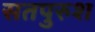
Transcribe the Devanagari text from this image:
सतपुरुश